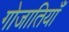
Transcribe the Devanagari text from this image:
गोजातियाँ